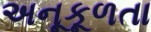
અનૂકૂળતા